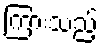
ကြားသည့်